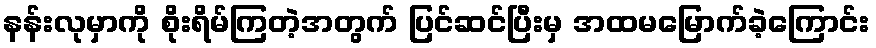
နန်းလုမှာကို စိုးရိမ်ကြတဲ့အတွက် ပြင်ဆင်ပြီးမှ အထမမြောက်ခဲ့ကြောင်း